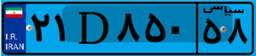
۶۵D۶۲۰۵۳